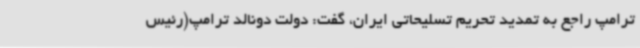
ترامپ راجع به تمدید تحریم تسلیحاتی ایران، گفت: دولت دونالد ترامپ(رئیس